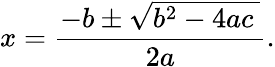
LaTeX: x={\frac{-b\pm{\sqrt{b^{2}-4ac\ }}}{2a}}.